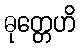
ဓုတ္တေဟိ